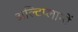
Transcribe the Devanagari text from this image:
अल्टिप्लानों